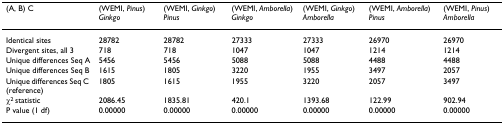
<table><thead><tr><td><b>(A, B) C</b></td><td><b>(WEMI, <i>Pinus</i>) <i>Ginkgo</i></b></td><td><b>(WEMI, <i>Ginkgo</i>) <i>Pinus</i></b></td><td><b>(WEMI, <i>Amborella</i>) <i>Ginkgo</i></b></td><td><b>(WEMI, <i>Ginkgo</i>) <i>Amborella</i></b></td><td><b>(WEMI, <i>Amborella</i>) <i>Pinus</i></b></td><td><b>(WEMI, <i>Pinus</i>) <i>Amborella</i></b></td></tr></thead><tbody><tr><td>Identical sites</td><td>28782</td><td>28782</td><td>27333</td><td>27333</td><td>26970</td><td>26970</td></tr><tr><td>Divergent sites, all 3</td><td>718</td><td>718</td><td>1047</td><td>1047</td><td>1214</td><td>1214</td></tr><tr><td>Unique differences Seq A</td><td>5456</td><td>5456</td><td>5088</td><td>5088</td><td>4488</td><td>4488</td></tr><tr><td>Unique differences Seq B</td><td>1615</td><td>1805</td><td>3220</td><td>1955</td><td>3497</td><td>2057</td></tr><tr><td>Unique differences Seq C (reference)</td><td>1805</td><td>1615</td><td>1955</td><td>3220</td><td>2057</td><td>3497</td></tr><tr><td>χ<sup>2 </sup>statistic</td><td>2086.45</td><td>1835.81</td><td>420.1</td><td>1393.68</td><td>122.99</td><td>902.94</td></tr><tr><td>P value (1 df)</td><td>0.00000</td><td>0.00000</td><td>0.00000</td><td>0.00000</td><td>0.00000</td><td>0.00000</td></tr></tbody></table>